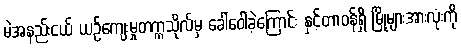
မဲအနည်းငယ် ယဉ်ကျေးမှုတက္ကသိုလ်မှ ခေါ်ဝေါ်ခဲ့ကြောင်း နှင့်တာဝန်ရှိ မြို့များအားလုံးကို